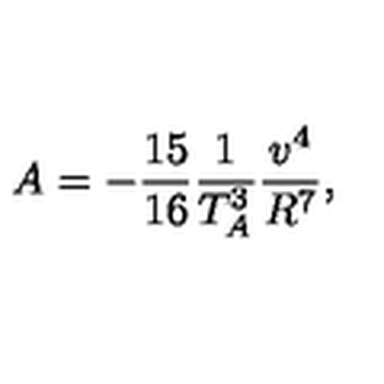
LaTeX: A = - \frac { 1 5 } { 1 6 } \frac { 1 } { T _ { A } ^ { 3 } } \frac { v ^ { 4 } } { R ^ { 7 } } ,